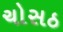
ચોસઠ